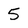
Character: 5